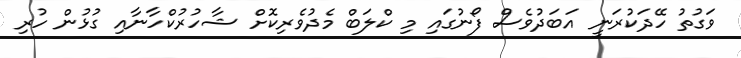
ވަގުތު ހޭދަކުރަނީ އަބަދުވެސް ފޯނުގައި މި ކްލަބް މެދުވެރިކޮށް ޝާހުރުކްހާނާއި ގުޅުން ހުރި